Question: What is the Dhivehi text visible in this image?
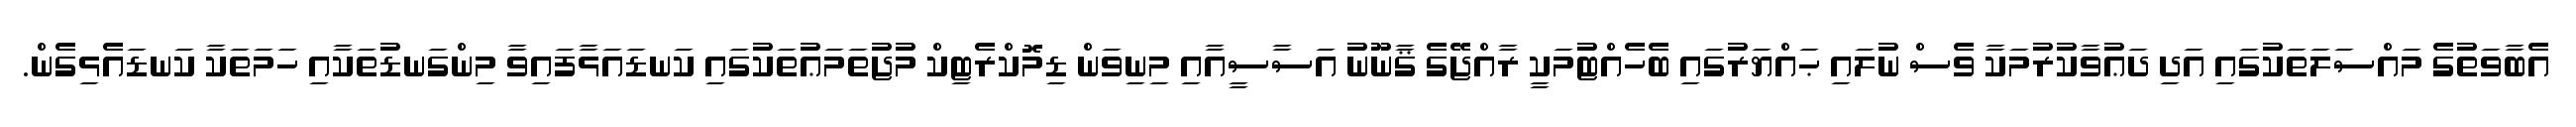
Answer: އެބާވަތުގެ މައްސަލަތަކުގައި އަދި ދަޢުވާކުރުމަކާ ވެސް ނުލައި ޙައްޔަރުގައި ބެހެއްޓުމަކީ ރާއްޖޭގެ ޤާނޫނު އަސާސީއާއި މިނިވަން ޑިމޮކްރެޓިކް މުޖުތަމަޢުތަކުގައި ކަނޑައަޅާފައިވާ މިންގަނޑުތަކާއި ހަމަތަކާ ކަނޑައެޅިގެން.